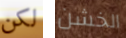
لكن الخشن